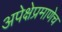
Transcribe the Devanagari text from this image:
अपेक्षेप्रमाणेच